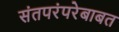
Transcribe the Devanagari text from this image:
संतपरंपरेबाबत